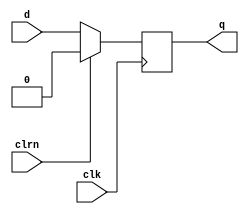
module dff(d, clk, clrn, q);
	input d, clk, clrn;
	output reg q;
	always @(posedge clk)
	begin
		if(clrn==1)
		begin
			q = 0;
		end
		else
		begin
			q = d;
		end
	end
endmodule